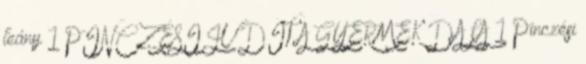
leány 1 PINCZÉSI JUDIT A GYERMEK DALA 1 Pinczési